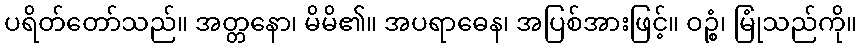
ပရိတ်တော်သည်။ အတ္တနော၊ မိမိ၏။ အပရာဓေန၊ အပြစ်အားဖြင့်။ ဝဉ္စံ၊ မြုံသည်ကို။